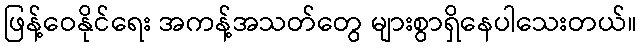
ဖြန့်ဝေနိုင်ရေး အကန့်အသတ်တွေ များစွာရှိနေပါသေးတယ်။